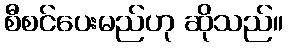
စီစင်ပေးမည်ဟု ဆိုသည်။